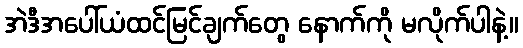
အဲဒီအပေါ်ယံထင်မြင်ချက်တွေ နောက်ကို မလိုက်ပါနဲ့။